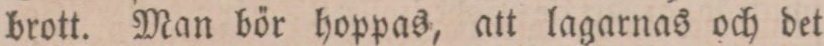
brott. Man bör hoppas, att lagarnas och det